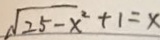
\sqrt { 2 5 - x ^ { 2 } } + 1 = x